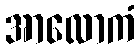
အာလောကံ